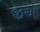
જીએ